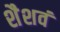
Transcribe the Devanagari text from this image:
शैशवं